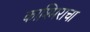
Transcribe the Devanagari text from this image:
काश्मिराचा